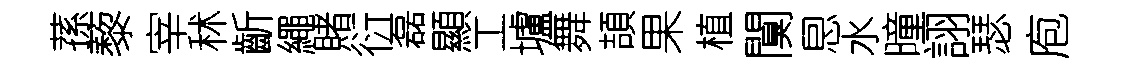
蓀藜宰秫齗繩賭衍磊顯工壚舞頡果植闃㤙水曈詡瑟庖